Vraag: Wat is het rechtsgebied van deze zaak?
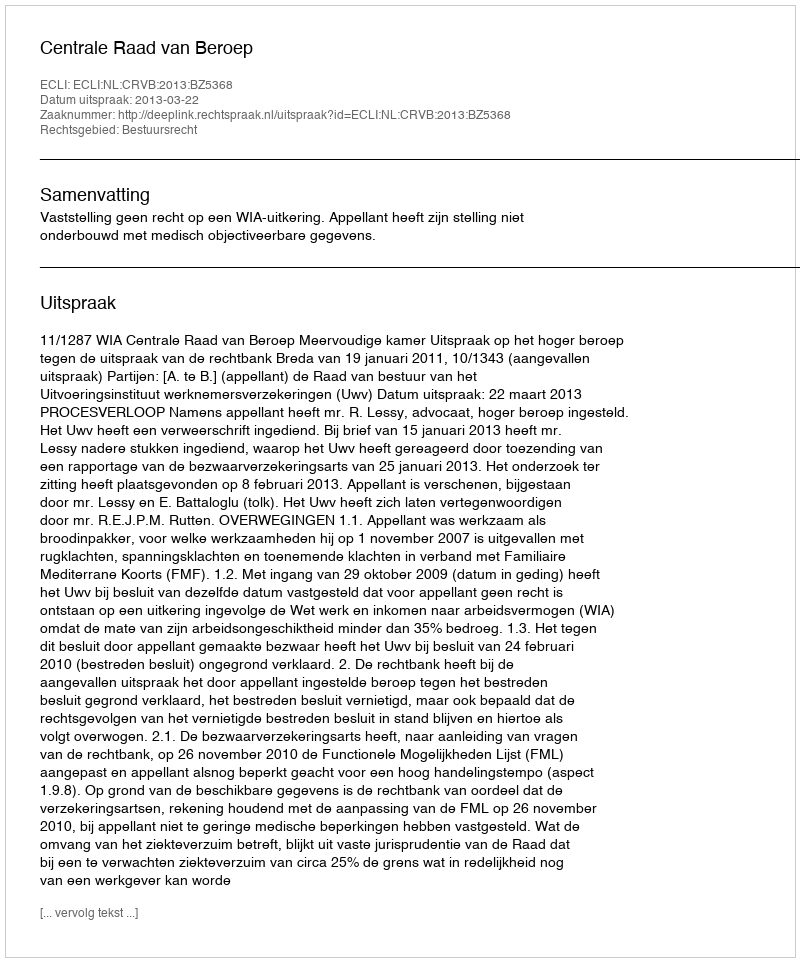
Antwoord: Bestuursrecht